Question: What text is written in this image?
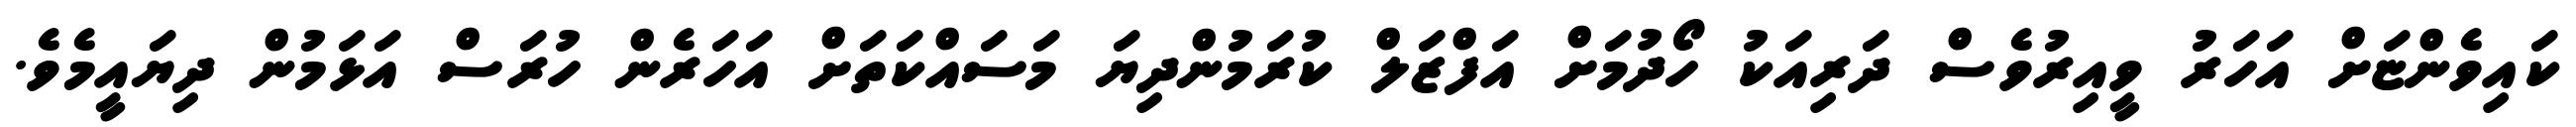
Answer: ކައިވެންޏަށް އަހަރު ވީއިރުވެސް ދަރިއަކު ހޯދުމަށް އަފްޒަލް ކުރަމުންދިޔަ މަސައްކަތަށް އަހަރެން ހުރަސް އަޅަމުން ދިޔައީމެވެ.